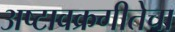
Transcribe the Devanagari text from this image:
अष्टावक्रगीतेचा